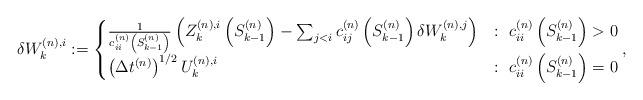
LaTeX: \begin{align*}\delta W^{(n),i}_k:=\begin{cases}\frac{1}{c^{(n)}_{ii}\left(S_{k-1}^{(n)}\right)}\left(Z^{(n),i}_k\left(S^{(n)}_{k-1}\right)-\sum_{j<i}c^{(n)}_{ij}\left(S_{k-1}^{(n)}\right)\delta W^{(n),j}_k\right)&:\ c^{(n)}_{ii}\left(S_{k-1}^{(n)}\right)>0\\ \left(\Delta t^{(n)}\right)^{1/2}U_k^{(n),i}&:\ c^{(n)}_{ii}\left(S_{k-1}^{(n)}\right)=0\end{cases},\end{align*}